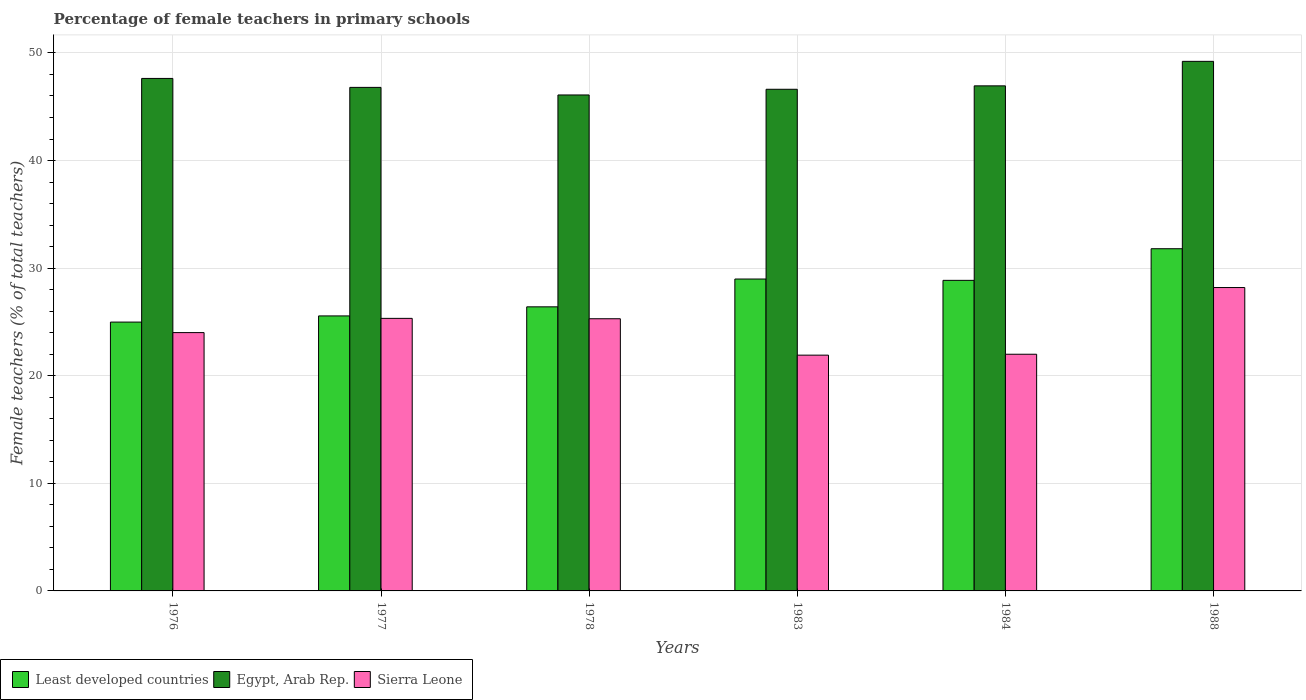
| Years | Least developed countries | Egypt, Arab Rep. | Sierra Leone |
 | --- | --- | --- | --- |
 | 1976 | 25 | 47.6 | 24 |
 | 1977 | 25.6 | 46.8 | 25.3 |
 | 1978 | 26.4 | 46.1 | 25.3 |
 | 1983 | 29 | 46.6 | 21.9 |
 | 1984 | 28.9 | 46.9 | 22 |
 | 1988 | 31.8 | 49.2 | 28.2 |